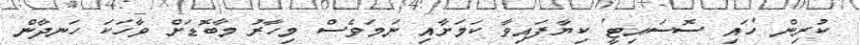
ކުރިން 'ހައި ސޮސައިޓީ' ކިޔާފައިވާ ކަމަށާއި ނަމަވެސް މިހާރު މާބޮޑަށް ވާހަކަ ހަނދާން